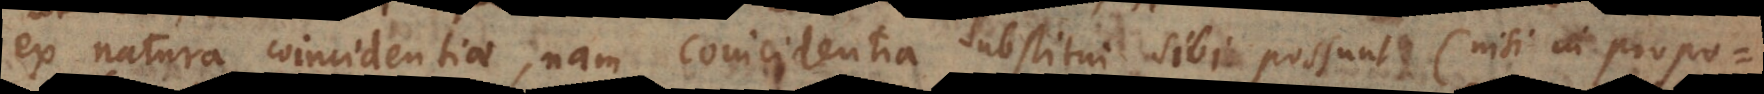
ex natura coincidentiae, nam coincidentia substitui sibi possunt (nisi in proposi